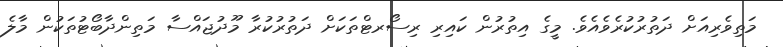
މަތިވެރިއަށް ދަތުރުކުރެވެއެވެ. މީގެ އިތުރުން ކައިރި ރިސޯރޓްތަކަށް ދަތުރުކުރާ މޫދުޖައްސާ މަތިންދާބޯޓުތަކުން މާލެ